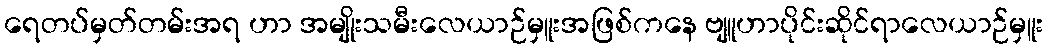
ရေတပ်မှတ်တမ်းအရ ဟာ အမျိုးသမီးလေယာဉ်မှူးအဖြစ်ကနေ ဗျူဟာပိုင်းဆိုင်ရာလေယာဉ်မှူး